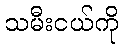
သမီးငယ်ကို